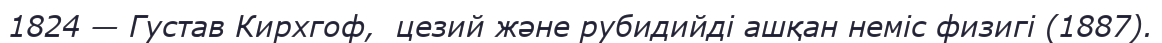
1824 — Густав Кирхгоф,  цезий және рубидийді ашқан неміс физигі (1887).